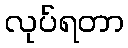
လုပ်ရတာ